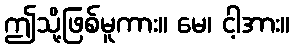
ဤသို့ဖြစ်မူကား။ မေ၊ ငါ့အား။